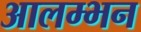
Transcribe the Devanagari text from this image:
आलम्भन